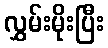
လွှမ်းမိုးပြီး